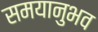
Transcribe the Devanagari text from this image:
समयानुभव